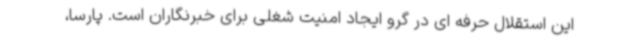
این استقلال حرفه ای در گرو ایجاد امنیت شغلی برای خبرنگاران است. پارسا،